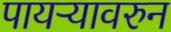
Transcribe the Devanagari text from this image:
पायऱ्यावरुन